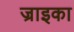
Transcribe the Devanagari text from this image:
ज्राइका